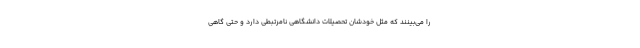
را می‌بینند که مثل خودشان تحصیلات دانشگاهی نامرتبطی دارد و حتی گاهی